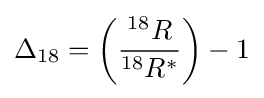
\Delta _{18}=\left({\frac {^{18}R}{^{18}R^{*}}}\right)-1